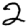
Digit: 2